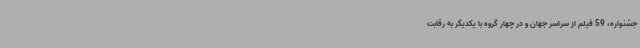
جشنواره، 59 فیلم از سراسر جهان و در چهار گروه با یکدیگر به رقابت